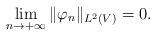
LaTeX: \begin{align*} \lim_{n \to + \infty} \Vert \varphi_n \Vert_{L^2(V)} = 0.\end{align*}